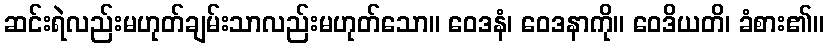
ဆင်းရဲလည်းမဟုတ်ချမ်းသာလည်းမဟုတ်သော။ ဝေဒနံ၊ ဝေဒနာကို။ ဝေဒိယတိ၊ ခံစား၏။